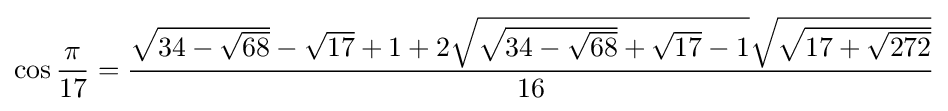
\cos {\frac {\pi }{17}}={\frac {{\sqrt {34-{\sqrt {68}}}}-{\sqrt {17}}+1+2{\sqrt {{\sqrt {34-{\sqrt {68}}}}+{\sqrt {17}}-1}}{\sqrt {\sqrt {17+{\sqrt {272}}}}}}{16}}